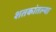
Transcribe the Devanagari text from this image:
शतकांतल्या